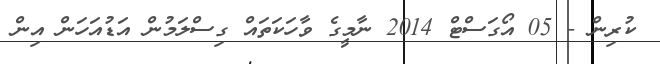
ކުރިން - 05 އޯގަސްޓް 2014 ނާމީގެ ވާހަކަތައް ގިސްލަމުން އަޑުއަހަން އިން